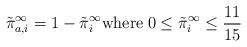
LaTeX: \begin{align*}\tilde{\pi}_{a,i}^\infty = 1 - \tilde{\pi}_{i}^\infty \mathrm{where} \; 0 \le \tilde{\pi}_{i}^\infty \le \frac{11}{15}\end{align*}